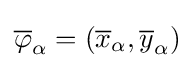
{\overline {\varphi }}_{\alpha }=\left({\overline {x}}_{\alpha },{\overline {y}}_{\alpha }\right)